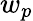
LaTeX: w_{p}